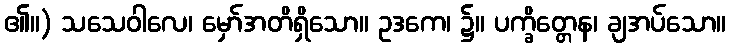
၏။) သသေဝါလေ၊ မှော်အတိရှိသော။ ဥဒကေ၊ ၌။ ပက္ခိတ္တေန၊ ချအပ်သော။